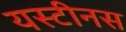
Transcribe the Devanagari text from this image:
यस्टीनस